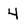
Character: 4